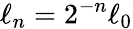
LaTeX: \ell_{n}=2^{-n}\ell_{0}